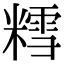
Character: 𫟀